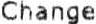
CHANGE